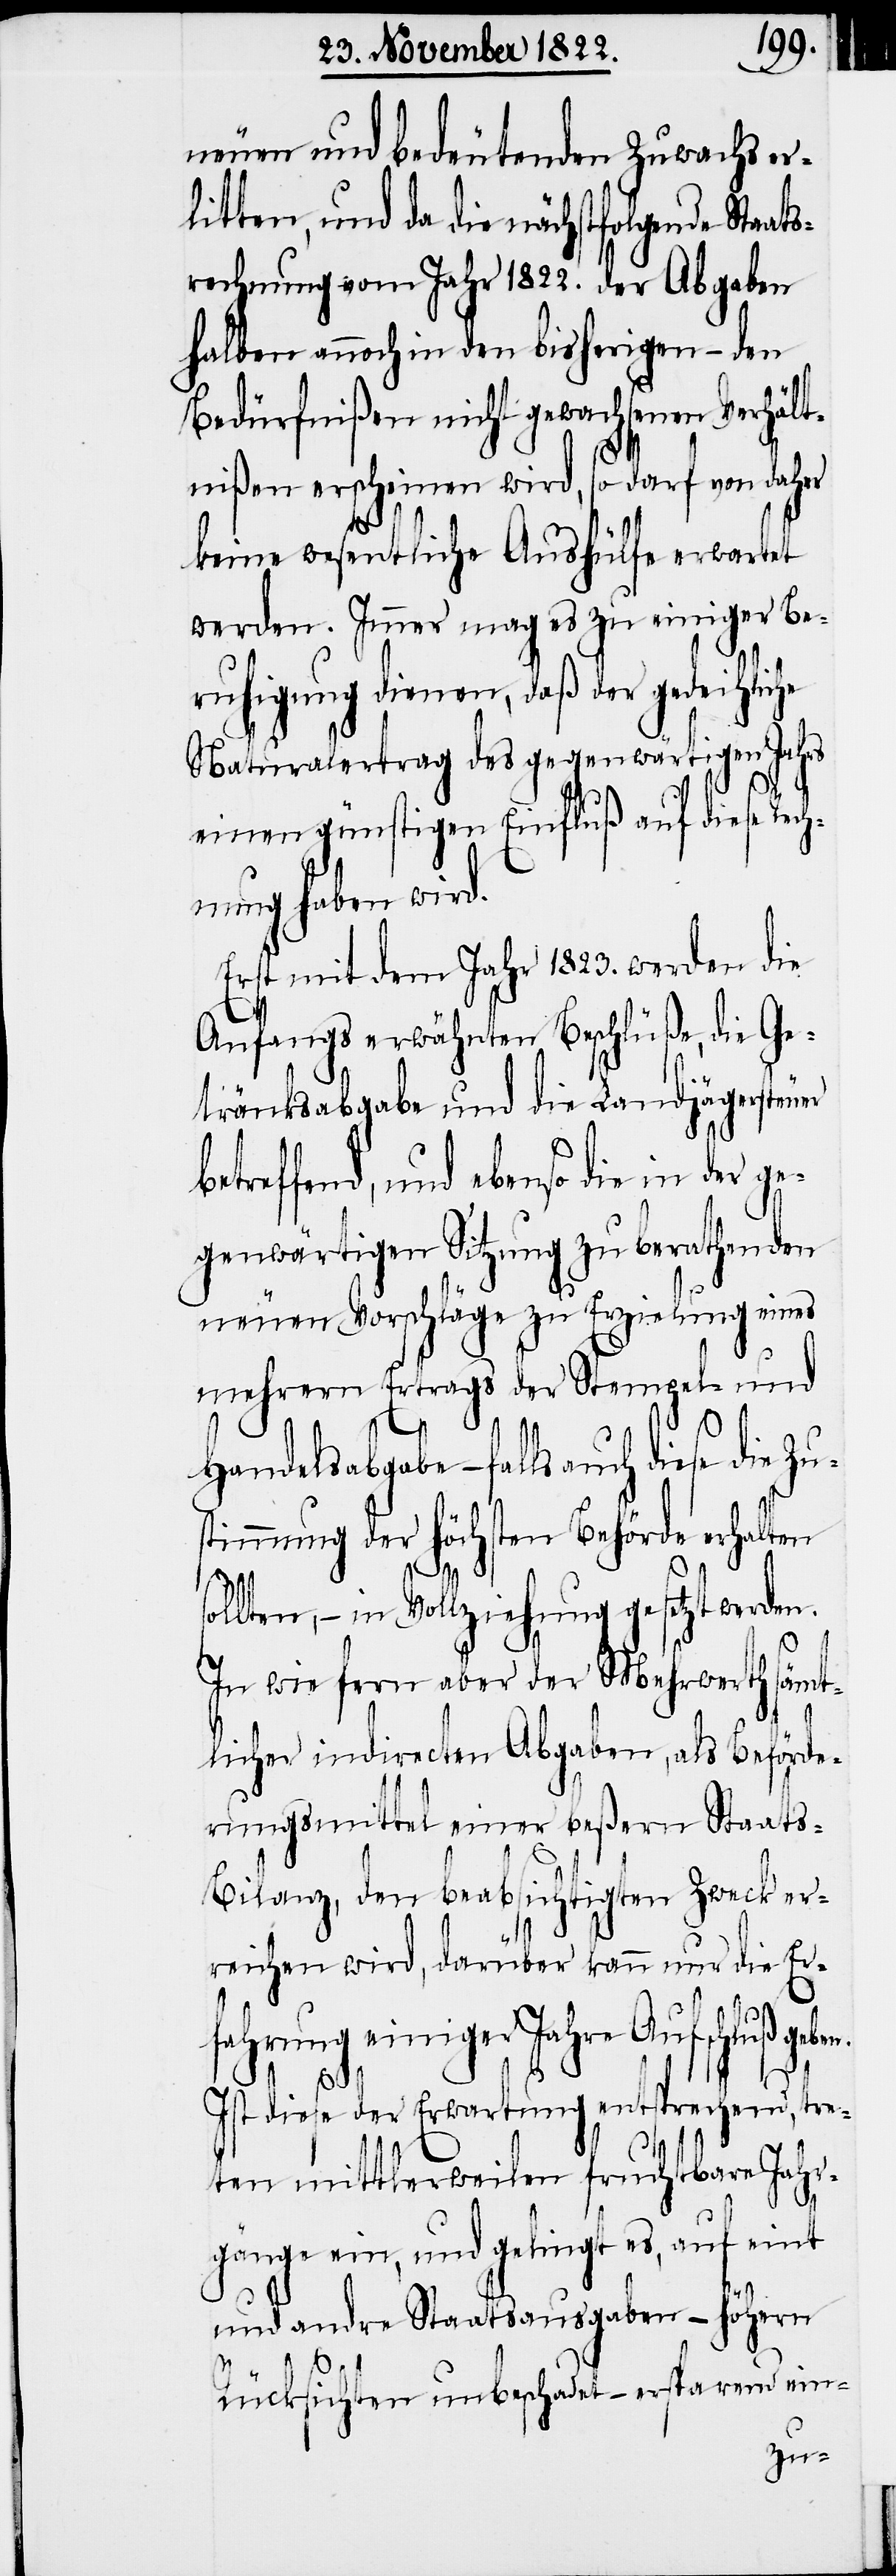
neuen und bedeutenden Zuwachs er¬
litten, und da die nächstfolgende Stats¬
rechnung vom Jahr 1822. der Abgaben
halben annoch in den bisherigen – den
Bedürfnißen nicht gewachsenen Verhält¬
nißen erscheinen wird, so darf von daher
keine wesentliche Aushülfe erwartet
werden. Immer mag es zu einiger Be¬
ruhigung dienen, daß der gedeihliche
Naturalertrag des gegenwärtigen Jahrs
einen günstigen Einfluß auf diese Rech¬
nung haben wird.
Erst mit dem Jahr 1823. werden die
Anfangs erwähnten Beschlüße, die Ge¬
tränksabgabe und die Landjägersteuer
betreffend, und ebenso die in der ge¬
genwärtigen Sitzung zu berathenden
neuen Vorschläge zu Erzielung eines
mehrern Ertrags der Stempel- und
Handelsabgabe – falls auch diese
stimmung der höchsten Behörde erhalten
ollten, – in Vollziehung gesetzt werden.
In wie fern aber der Mehrwerth sämt¬
licher indirecten Abgaben, als Beförde¬
rungsmittel einer beßern Staats-B¬
ilanz, den beabsichtigten Zweck er¬
reichen wird, darüber kann nur die Er¬
fahrung einiger Jahre Aufschluß
Ist diese der Erwartung entsprechend, tre¬
ten mittlerweilen fruchtbare Jahr¬
gänge ein, und gelingt es, auf eint
und andre Staatsausgaben – höhern
Rücksichten unbeschadet – ersparend ein-
s¬